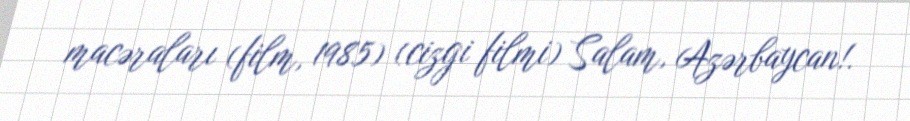
macəraları (film, 1985) (cizgi filmi) Salam, Azərbaycan!.